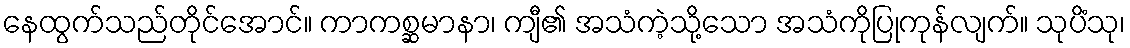
နေထွက်သည်တိုင်အောင်။ ကာကစ္ဆမာနာ၊ ကျီ၏ အသံကဲ့သို့သော အသံကိုပြုကုန်လျက်။ သုပိံသု၊